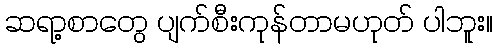
ဆရာ့စာတွေ ပျက်စီးကုန်တာမဟုတ် ပါဘူး။